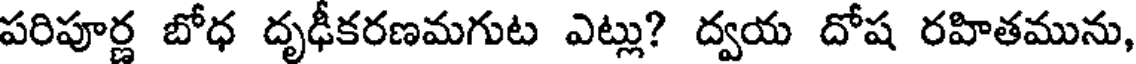
పరిపూర్ణ బోధ దృఢీకరణమగుట ఎట్లు? ద్వయ దోష రహితమును,